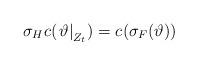
LaTeX: \begin{align*}\sigma_Hc_{}(\left.\vartheta\right|_{Z_t})=c_{}(\sigma_F(\vartheta))\end{align*}